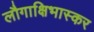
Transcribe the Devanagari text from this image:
लौगाक्षिभास्कर